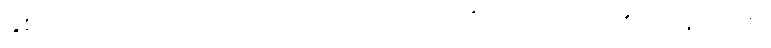
နှစ်ပါးကုန်သော။ ဒသဗလာ၊ ဒသဗလသုတ်တို့လည်းကောင်း။ ဥပနိသာ စ၊